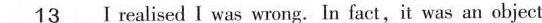
\underline{13} I realised I was wrong. In fact,it was an object